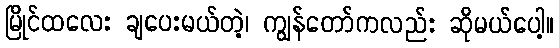
မြိုင်ထလေး ချပေးမယ်တဲ့၊ ကျွန်တော်ကလည်း ဆိုမယ်ပေါ့။